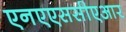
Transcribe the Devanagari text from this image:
एनएएससीएआर